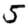
Digit: 5